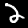
Digit: 2